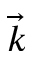
\vec { k }